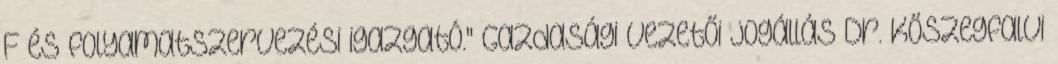
F és folyamatszervezési igazgató." Gazdasági vezetői jogállás Dr. Kőszegfalvi